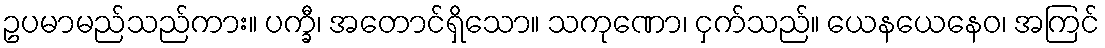
ဥပမာမည်သည်ကား။ ပက္ခီ၊ အတောင်ရှိသော။ သကုဏော၊ ငှက်သည်။ ယေနယေနေဝ၊ အကြင်